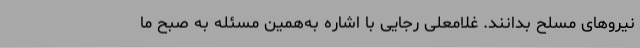
نیروهای مسلح بدانند. غلامعلی رجایی با اشاره به‌همین مسئله به صبح ما